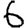
Digit: 6